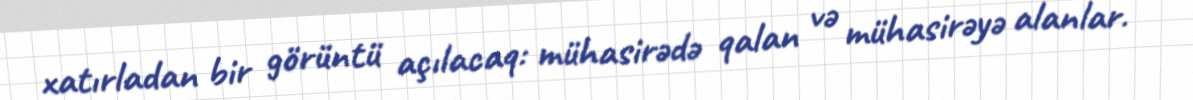
xatırladan bir görüntü açılacaq: mühasirədə qalan və mühasirəyə alanlar.